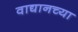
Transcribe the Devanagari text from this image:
वाद्यानच्या